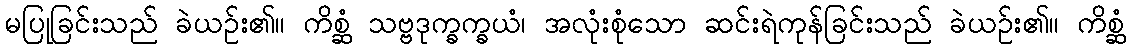
မပြုခြင်းသည် ခဲယဉ်း၏။ ကိစ္ဆံ သဗ္ဗဒုက္ခက္ခယံ၊ အလုံးစုံသော ဆင်းရဲကုန်ခြင်းသည် ခဲယဉ်း၏။ ကိစ္ဆံ